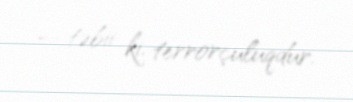
— təbii ki, terrorçuluqdur.